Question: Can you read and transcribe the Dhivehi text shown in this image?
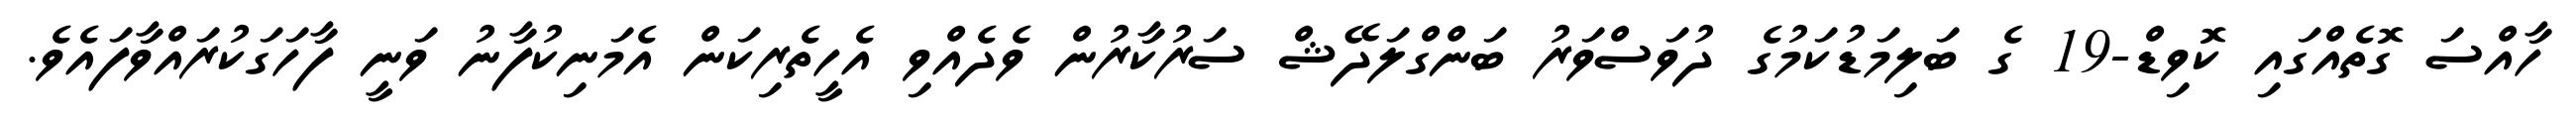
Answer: ހާއްސަ ގޮތެއްގައި ކޮވިޑް-19 ގެ ބަލިމަޑުކަމުގެ ދުވަސްވަރު ބަންގްލަދޭޝް ސަރުކާރުން ވެދެއްވި އެހީތެރިކަން އެމަނިކުފާނު ވަނީ ފާހަގަކުރައްވާފައެވެ.